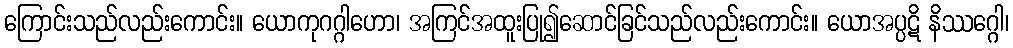
ကြောင်းသည်လည်းကောင်း။ ယောကုဂဂ္ဂါဟော၊ အကြင်အထူးပြု၍ဆောင်ခြင်သည်လည်းကောင်း။ ယောအပ္ပဋိ နိဿဂ္ဂေါ၊